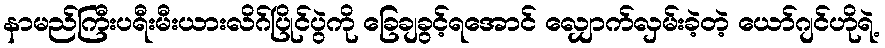
နာမည်ကြီးပရီးမီးယားလိဂ်ပြိုင်ပွဲကို ခြေချခွင့်ရအောင် လျှောက်လှမ်းခဲ့တဲ့ ယော်ဂျင်ဟိုရဲ့